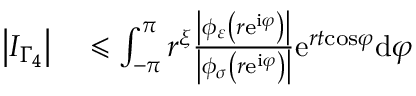
\begin{array} { r l } { \left\vert I _ { \Gamma _ { 4 } } \right\vert } & { { } \leqslant \int _ { - \pi } ^ { \pi } r ^ { \xi } \frac { \left\vert \phi _ { \varepsilon } \left( r \mathrm { e } ^ { \mathrm { i } \varphi } \right) \right\vert } { \left\vert \phi _ { \sigma } \left( r \mathrm { e } ^ { \mathrm { i } \varphi } \right) \right\vert } \mathrm { e } ^ { r t \mathrm { \cos } \varphi } \mathrm { d } \varphi } \end{array}